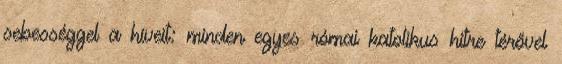
sebességgel a híveit: minden egyes római katolikus hitre térővel